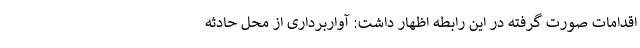
اقدامات صورت گرفته در این رابطه اظهار داشت: آواربرداری از محل حادثه